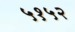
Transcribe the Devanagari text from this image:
५१५२